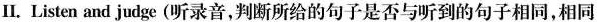
Ⅱ. Listen and judge(听录音,判断所给的句子是否与听到的句子相同,相同